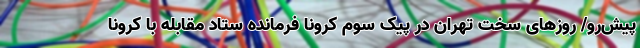
پیش‌رو/ روزهای سخت تهران در پیک سوم کرونا فرمانده ستاد مقابله با کرونا